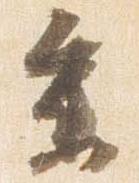
参